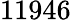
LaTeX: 11946